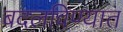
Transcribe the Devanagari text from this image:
बदलविण्यात